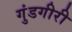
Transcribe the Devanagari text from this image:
गुंडगीरी